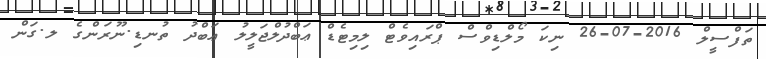
ތަފްސީލް 2016-07-26 ނިކަ މޯލްޑިވްސް ޕްރައިވެޓް ލިމިޓެޑް ޢަބްދުލްޖަލީލު ޢަބްދު ތުނޑި.ނޫރަންގެ ލ.ގަން